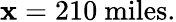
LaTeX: \mathbf{x}=210\ {\mathrm{{miles}}}.